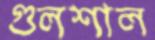
গুলশাল